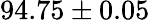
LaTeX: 94.75\pm 0.05